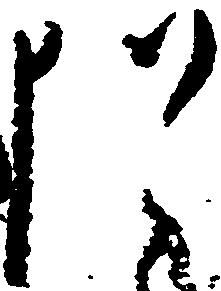
猶